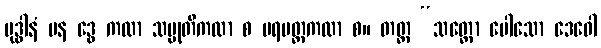
ဗုဒ္ဓါနံ ပန ဒွေ ကထာ သမ္မုတိကထာ စ ပရမတ္ထကထာ စ။ တတ္ထ “သတ္တော ပေါသော ဒေဝေါ